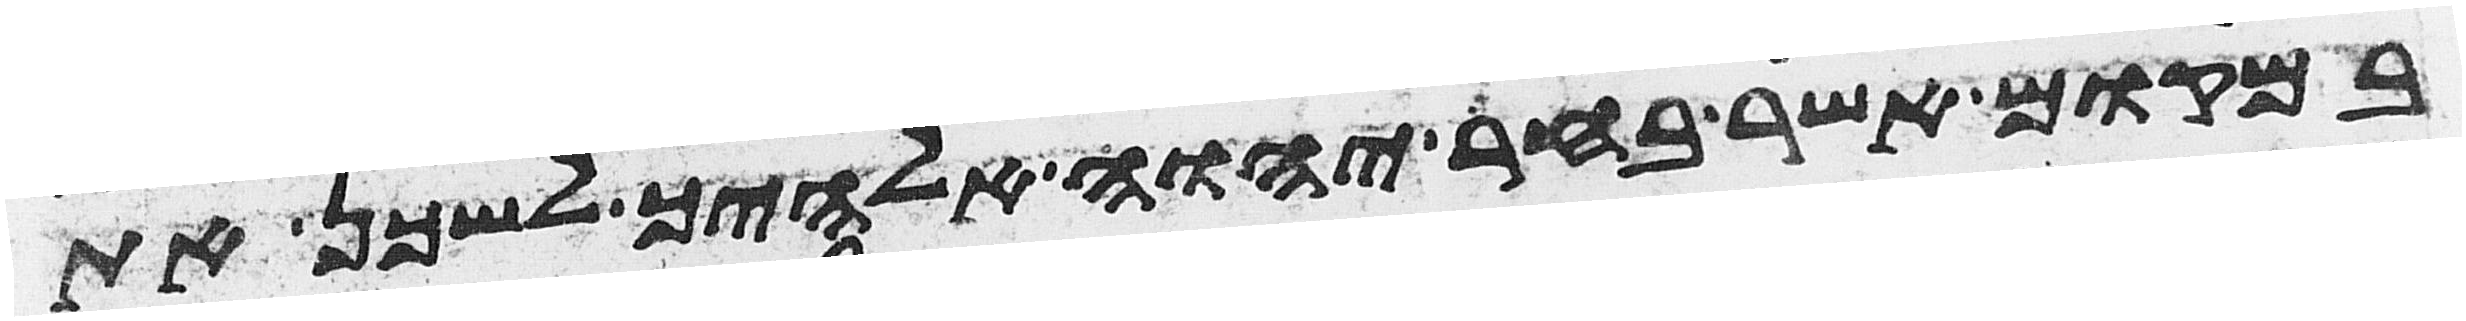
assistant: במקום אשר בחר יהוה אלהיך לשכן את